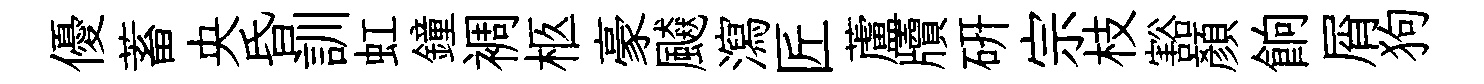
優蓄央昏訓虹鐘裯柩豪飇瀉匠蘆牘硏宗枝豁顏餉屑狗